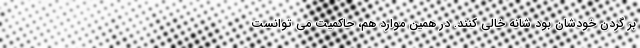
بر گردن خودشان بود شانه خالی کنند. در همین موارد هم، حاکمیت می توانست